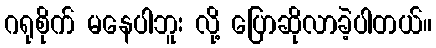
ဂရုစိုက် မနေပါဘူး လို့ ပြောဆိုလာခဲ့ပါတယ်။